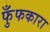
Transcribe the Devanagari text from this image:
फुँफकारा